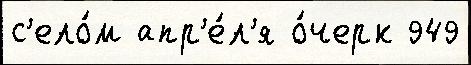
с'ело́м апр'е́л'я о́черк 949